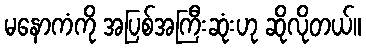
မနောကံကို အပြစ်အကြီးဆုံးဟု ဆိုလိုတယ်။